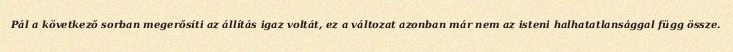
Pál a következő sorban megerősíti az állítás igaz voltát, ez a változat azonban már nem az isteni halhatatlansággal függ össze.